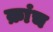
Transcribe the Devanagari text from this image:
क्रांच